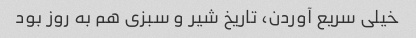
خیلی سریع آوردن، تاریخ شیر و سبزی هم به روز بود